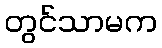
တွင်သာမက